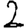
Digit: 2